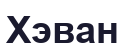
Хэван